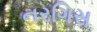
નરગિસ